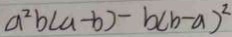
a ^ { 2 } b ( a - b ) - b ( b - a ) ^ { 2 }